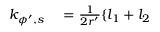
\begin{array} { r l } { k _ { \phi ^ { \prime } , s } } & { { } = \frac { 1 } { 2 r ^ { \prime } } \{ l _ { 1 } + l _ { 2 } } \end{array}